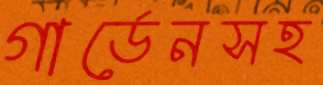
গার্ডেনসহ